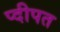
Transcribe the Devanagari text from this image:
प्दीपत